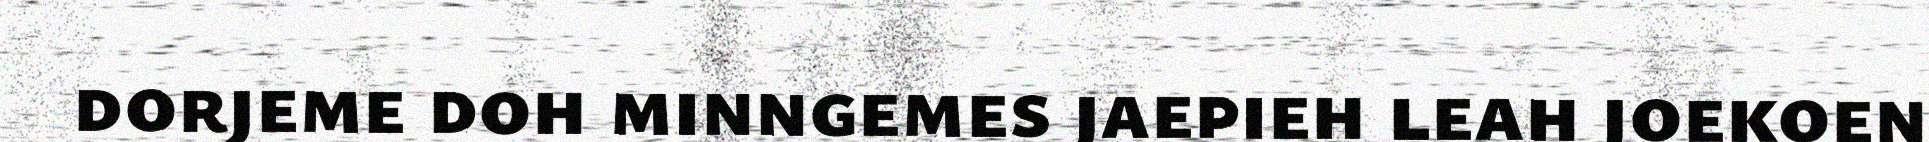
dorjeme doh minngemes jaepieh leah joekoen